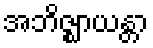
အဘိဇ္ဈာယန္တာ